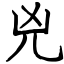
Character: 兇